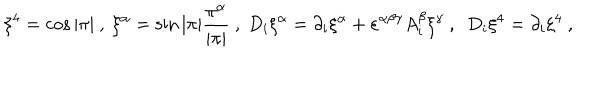
\xi ^ { 4 } = \cos | \pi | \ , \ \xi ^ { \alpha } = \sin | \pi | \frac { \pi ^ { \alpha } } { | \pi | } \ , \ D _ { i } \xi ^ { \alpha } = \partial _ { i } \xi ^ { \alpha } + \varepsilon ^ { \alpha \beta \gamma } A _ { i } ^ { \beta } \xi ^ { \gamma } \ , \ \ D _ { i } \xi ^ { 4 } = \partial _ { i } \xi ^ { 4 } \ , \nonumber